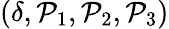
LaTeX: (\delta,\mathcal{P}_{1},\mathcal{P}_{2},\mathcal{P}_{3})